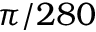
\pi / 2 8 0